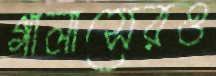
গালাসেরও